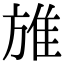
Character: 𨾔